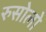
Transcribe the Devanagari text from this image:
रुसोलो